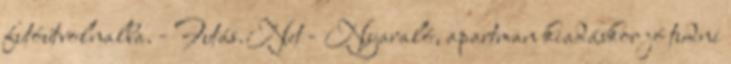
futóútvolnalba. - Futás.Net - Nyaraló, apartman kiadáskor jó tudni